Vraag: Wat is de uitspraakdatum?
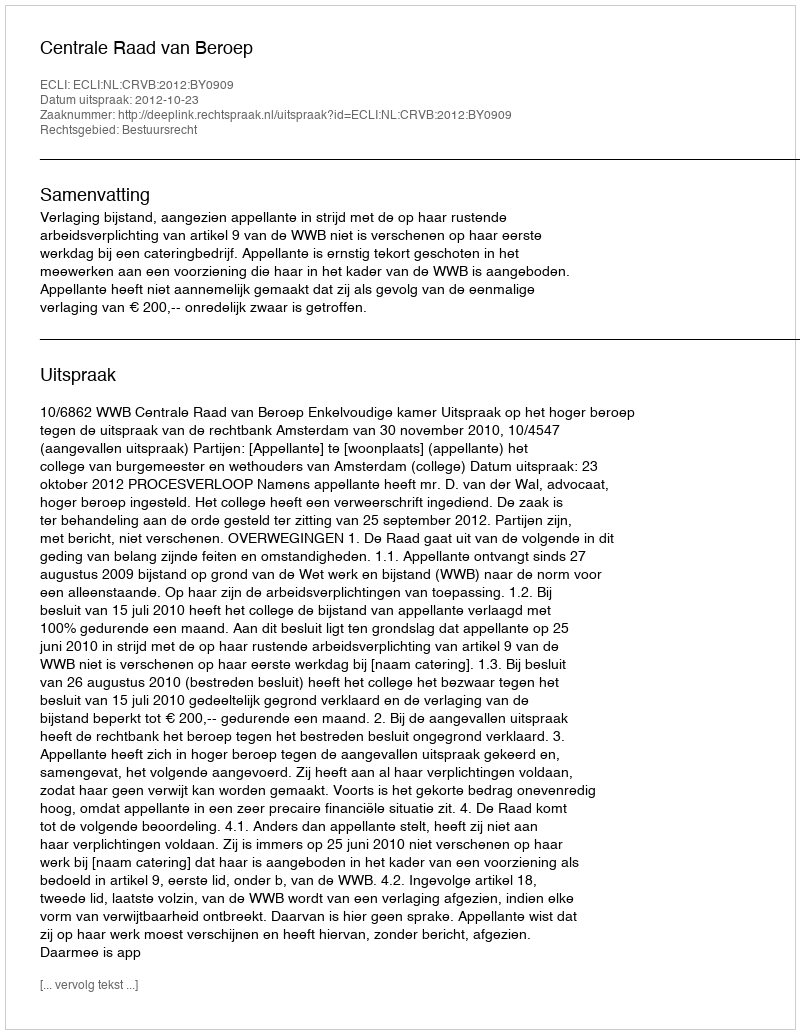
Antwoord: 2012-10-23